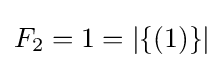
F_{2}=1=|\{(1)\}|